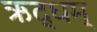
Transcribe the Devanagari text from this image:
ऋद्धम्